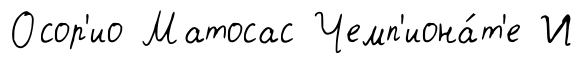
Осор'ио Матосас Чемп'иона́т'е И